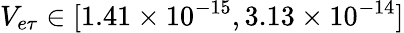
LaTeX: V_{e\tau}\in[1.41\times 10^{-15},3.13\times 10^{-14}]